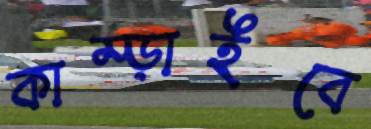
কাম্‌ড়াইবে